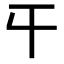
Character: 𡕒